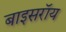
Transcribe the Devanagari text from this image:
बाइसरॉय